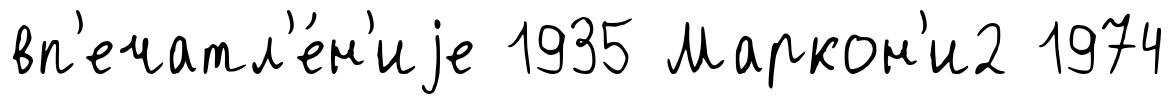
вп'ечатл'е́н'иjе 1935 Маркон'и2 1974